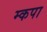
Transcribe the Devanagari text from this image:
म्कपा